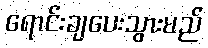
ရောင်းချပေးသွားမည်